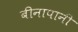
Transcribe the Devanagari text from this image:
बीनापानी